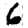
Digit: 6